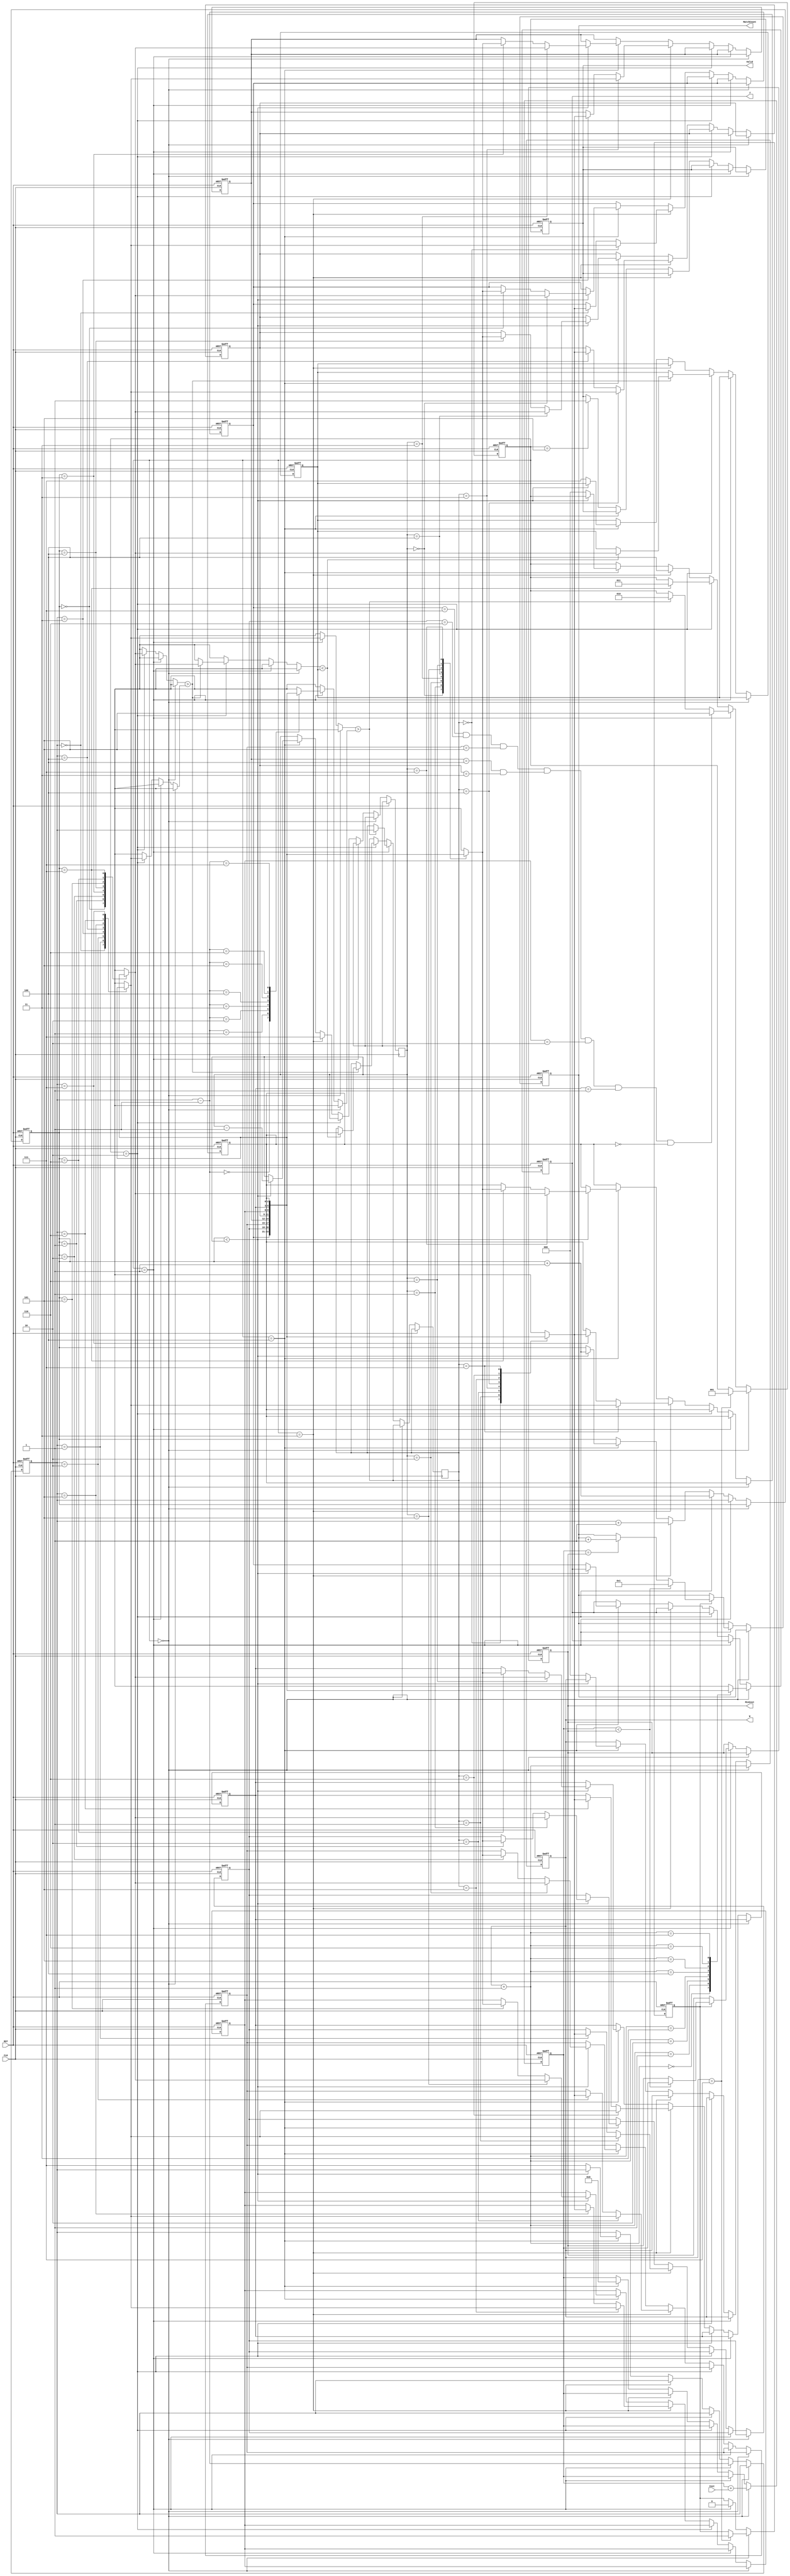
module JAM (
           input CLK,
           input RST,
           output reg [2:0] W,
           output reg [2:0] J,
           input [6:0] Cost,
           output reg [3:0] MatchCount,
           output reg [9:0] MinCost,
           output reg Valid );
reg [2:0] cur_state, next_state;
reg [2:0] n[7:0];
reg [2:0] pivot, left, right;
reg [9:0] cost_buffer;
reg [2:0] swapnum,swapnum_index;
reg new;
reg [2:0] state;
always@(posedge CLK or posedge RST)
begin
    if(RST)
    begin
        Valid<=0;
        MatchCount<=0;
        MinCost<=10'b1111111111;//cost
        cost_buffer<=10'd0;//cost
        W<=3'd0;
        J<=3'd0;
        n[0] <= 3'd0;
        n[1] <= 3'd1;
        n[2] <= 3'd2;
        n[3] <= 3'd3;
        n[4] <= 3'd4;
        n[5] <= 3'd5;
        n[6] <= 3'd6;
        n[7] <= 3'd7;
        pivot<=3'd7;//
        left<=3'd0;
        new<=0;
        swapnum<=7;//

        state<=0;
    end
    else if(state==0)
    begin
        cost_buffer<=cost_buffer+Cost;//part cost (0,0) state4
        W<=W+1;
        J<=n[W+1];
        if(W==7)
        begin
            new<=1;
            state<=1;
        end

    end
    else if(state==1)
    begin
        if(new)
        begin
            new<=0;
            if(cost_buffer<MinCost)//mincostmincost
            begin
                MinCost<=cost_buffer;
                MatchCount<=4'd1;
            end
            else if(cost_buffer==MinCost)//match+1
            begin
                MatchCount<=MatchCount+1;
            end
            else
            begin
                MinCost<=MinCost;
            end
        end
        if(n[pivot]>n[pivot-1])//
        begin
            pivot<=pivot-1;//
            left<=pivot;
            swapnum_index<=pivot;
            state<=2;
        end
        else
        begin
            pivot<=pivot-1;
            left<=pivot;
        end

        if((n[0] == 7 && n[1] == 6 && n[2] == 5 && n[3] == 4 & n[4] == 3 && n[5] == 2 && n[6] == 1 && n[7] == 0))
        begin
            state<=5;
        end
    end
    else if(state==2)//pivot
    begin

        if(n[left]>n[pivot])
        begin
            if(n[left]<swapnum)
            begin
                swapnum<=n[left];//
                swapnum_index<=left;//index
            end
            else
            begin
                swapnum<=swapnum;
            end
        end
        if(left==7)//Pivot
        begin
            state<=3;
        end
        left<=left+1;//pivot
    end
    else if(state==3)//pivotstate2
    begin
        n[pivot] <= n[swapnum_index];
        n[swapnum_index]<=n[pivot];
        left<=pivot+1;
        right<=7;
        state<=4;
    end
    else if(state==4)//pivot
    begin
        cost_buffer<=10'd0;
        if(left<right)
        begin
            n[left]<=n[right];
            n[right]<=n[left];
            left<=left+1;
            right<=right-1;
        end
        else
        begin
            W<=0;
            pivot<=3'd7;
            J<=n[0];
            swapnum<=7;
            state<=0;
        end
    end
    else if(state==5)
    begin
        Valid<=1;
    end
end
endmodule